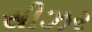
સીઝર